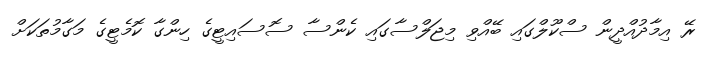
ރޭ އިމާދުއްދީން ސްކޫލްގައި ބޭއްވި މިޖަލްސާގައި ކެންސާ ސޮސައިޓީގެ ހިންގާ ކޮމެޓީގެ މަގާމުތަކަށް